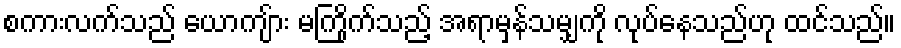
စကားလက်သည် ယောကျ်ား မကြိုက်သည့် အရာမှန်သမျှကို လုပ်နေသည်ဟု ထင်သည်။